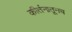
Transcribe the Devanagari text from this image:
कीर्तनातूनच